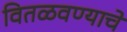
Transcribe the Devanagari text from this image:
वितळवण्याचे